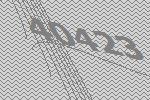
40423